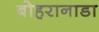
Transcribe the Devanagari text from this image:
बोहरानाडा